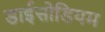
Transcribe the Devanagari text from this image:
डाईसोडियम